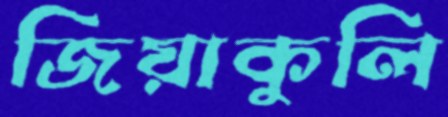
জিয়াকুলি